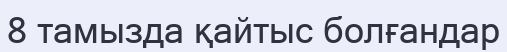
8 тамызда қайтыс болғандар